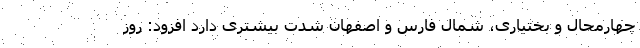
چهارمحال و بختیاری، شمال فارس و اصفهان شدت بیشتری دارد افزود: روز